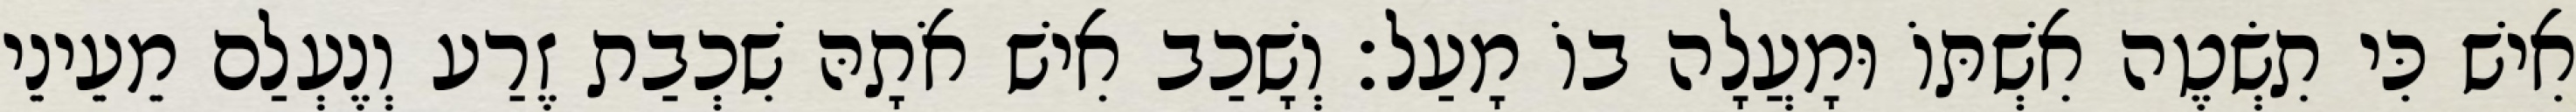
אִישׁ כִּי תִשְׂטֶה אִשְׁתּוֹ וּמָעֲלָה בוֹ מָעַל׃ וְשָׁכַב אִישׁ אֹתָהּ שִׁכְבַת זֶרַע וְנֶעְלַם מֵעֵינֵי